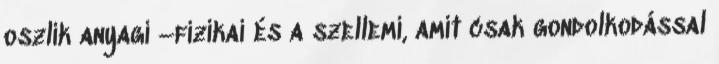
oszlik anyagi –fizikai és a szellemi, amit csak gondolkodással